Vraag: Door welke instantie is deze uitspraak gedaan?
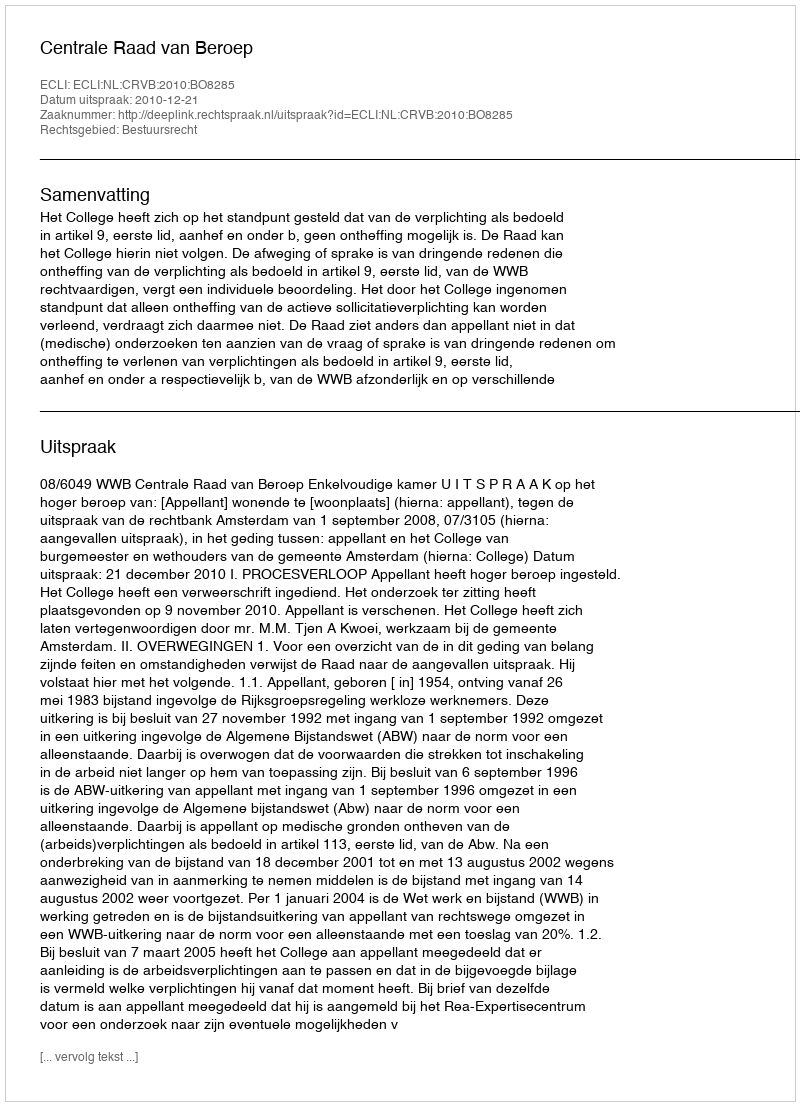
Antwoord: Centrale Raad van Beroep